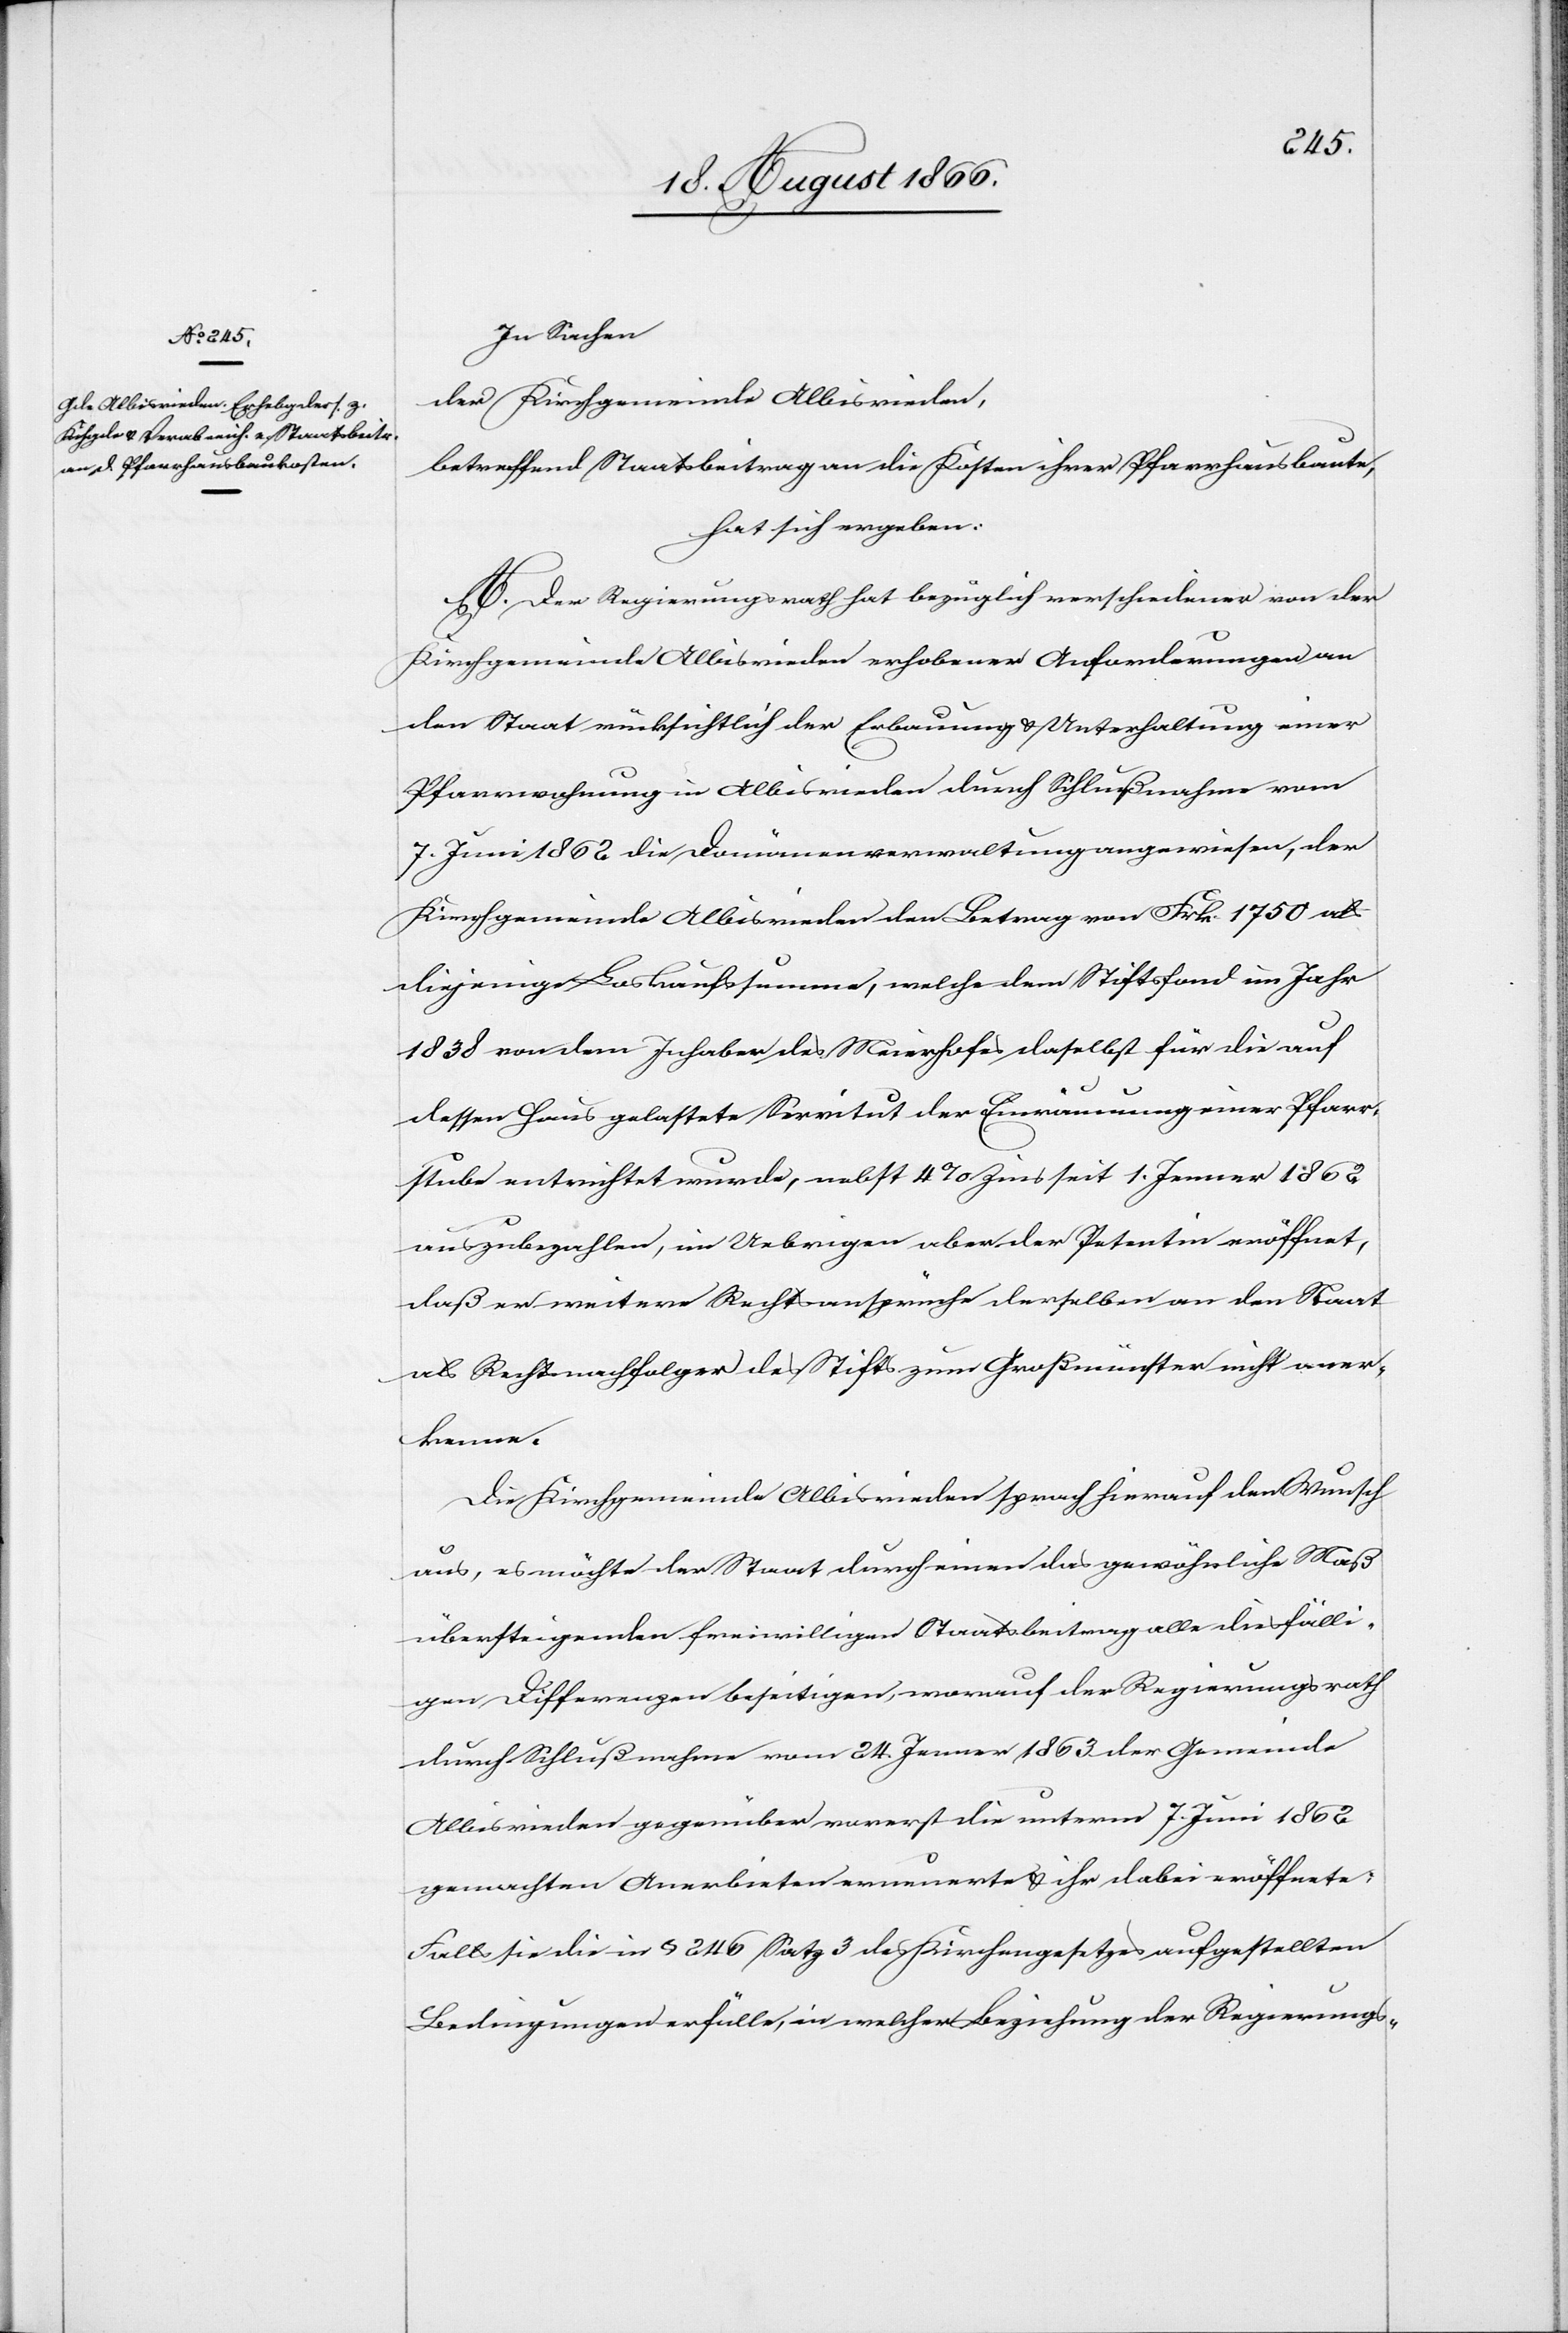
In Sachen
der Kirchgemeinde Albisrieden,
betreffend Staatsbeitrag an die Kosten ihrer Pfarrhausbaute,
hat sich ergeben:
A. Der Regierungsrath hat bezüglich verschiedener von der
Kirchgemeinde Albisrieden erhobenen Anforderungen an
den Staat rücksichtlich der Erbauung u. Unterhaltung einer
Pfarrwohnung in Albisrieden durch Schlußnahme vom
7. Juni 1862 die Domänenverwaltung angewiesen, der
Kirchgemeinde Albisrieden den Betrag von Frk. 1750 als
diejenige Loskaufssumme, welche dem Stiftsfond im Jahr
1838 von dem Inhaber des Meierhofes daselbst für die auf
dessen Haus gelasteten Servitute der Einräumung einer Pfarr¬
stube entrichtet wurde, nebst 4 % Zins seit 1. Jenner 1862
auszubezahlen, im Uebrigen aber der Petentin eröffnet,
daß er weitere Rechtsansprüche derselben an den Staat
als Rechtsnachfolger des Stifts zum Großmünster nicht aner¬
kenne.
Die Kirchgemeinde Albisrieden sprach hierauf den Wunsch
aus, es möchte der Staat durch einen das gewöhnliche Maß
übersteigenden freiwilligen Staatsbeitrag alle diesfälli¬
gen Differenzen beseitigen, worauf der Regierungsrath
durch Schlußnahme vom 24. Jenner 1863 der Gemeinde
Albisrieden gegenüber vorerst die unterm 7. Juni 1862
gemachten Anerbieten erneuerte u. ihr dabei eröffnete:
Falls sie die in § 246 Satz 3 des Kirchengesetzes aufgestellten
Bedingungen erfülle, in welcher Beziehung der Regierungs-